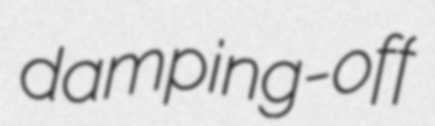
damping-off